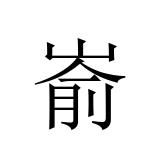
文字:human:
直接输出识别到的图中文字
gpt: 嵛